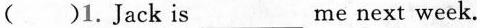
( )1.Jack is ___ me next week.